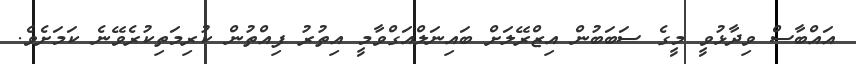
އައްބާސް ވިދާޅުވީ މީގެ ސަބަބުން އިޒްރޭލަށް ބައިނަލްއަގްވާމީ އިތުރު ފިއްތުން ކުރިމަތިކުރެވޭނެ ކަމަށެވެ.